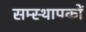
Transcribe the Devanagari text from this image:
सम्स्थापकों